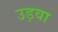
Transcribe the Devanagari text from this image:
उड़वा